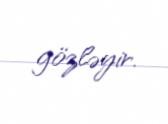
gözləyir.